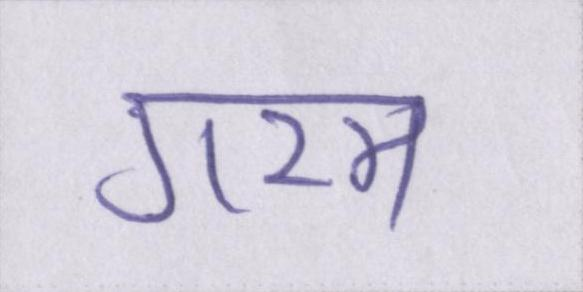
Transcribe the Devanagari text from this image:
गरम